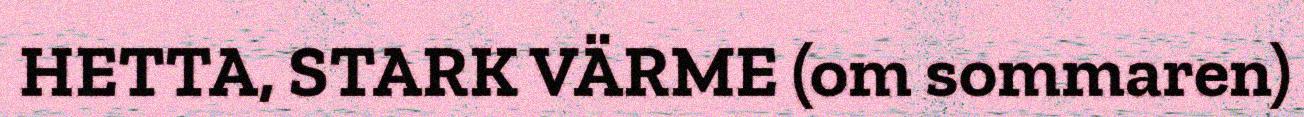
HETTA, STARK VÄRME (om sommaren)